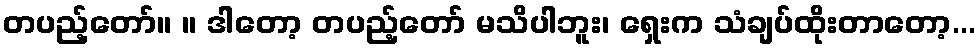
တပည့်တော်။ ။ ဒါတော့ တပည့်တော် မသိပါဘူး၊ ရှေးက သံချပ်ထိုးတာတော့...